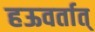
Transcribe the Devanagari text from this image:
हऊवर्तात्